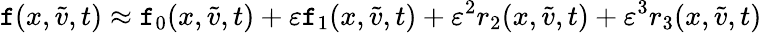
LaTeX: \mathtt{f}(x,\tilde{{v}},t)\approx\mathtt{f}_{0}(x,\tilde{{v}},t)+\varepsilon\mathtt{f}_{1}(x,\tilde{{v}},t)+\varepsilon^{2}r_{2}(x,\tilde{{v}},t)+\varepsilon^{3}r_{3}(x,\tilde{{v}},t)